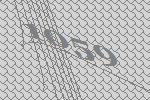
1059